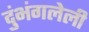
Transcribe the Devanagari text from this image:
दुंभंगलेली